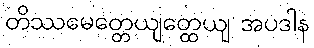
တိဿမေတ္တေယျတ္ထေယျ အပဒါန